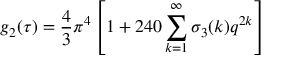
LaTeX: g _ { 2 } ( \tau ) = { \frac { 4 } { 3 } } \pi ^ { 4 } \left[ 1 + 2 4 0 \sum _ { k = 1 } ^ { \infty } \sigma _ { 3 } ( k ) q ^ { 2 k } \right]